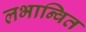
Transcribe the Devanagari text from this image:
लभान्वित